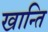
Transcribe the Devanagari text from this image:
खान्ति